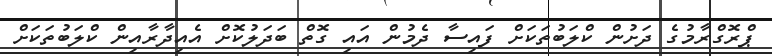
ޕްރޮގްރާމުގެ ދަށުން ކްލަބުތަކަށް ފައިސާ ދެމުން އައި ގޮތް ބަދަލުކޮށް އެއިދާރާއިން ކްލަބުތަކަށް